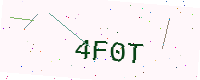
Text: 4F0T